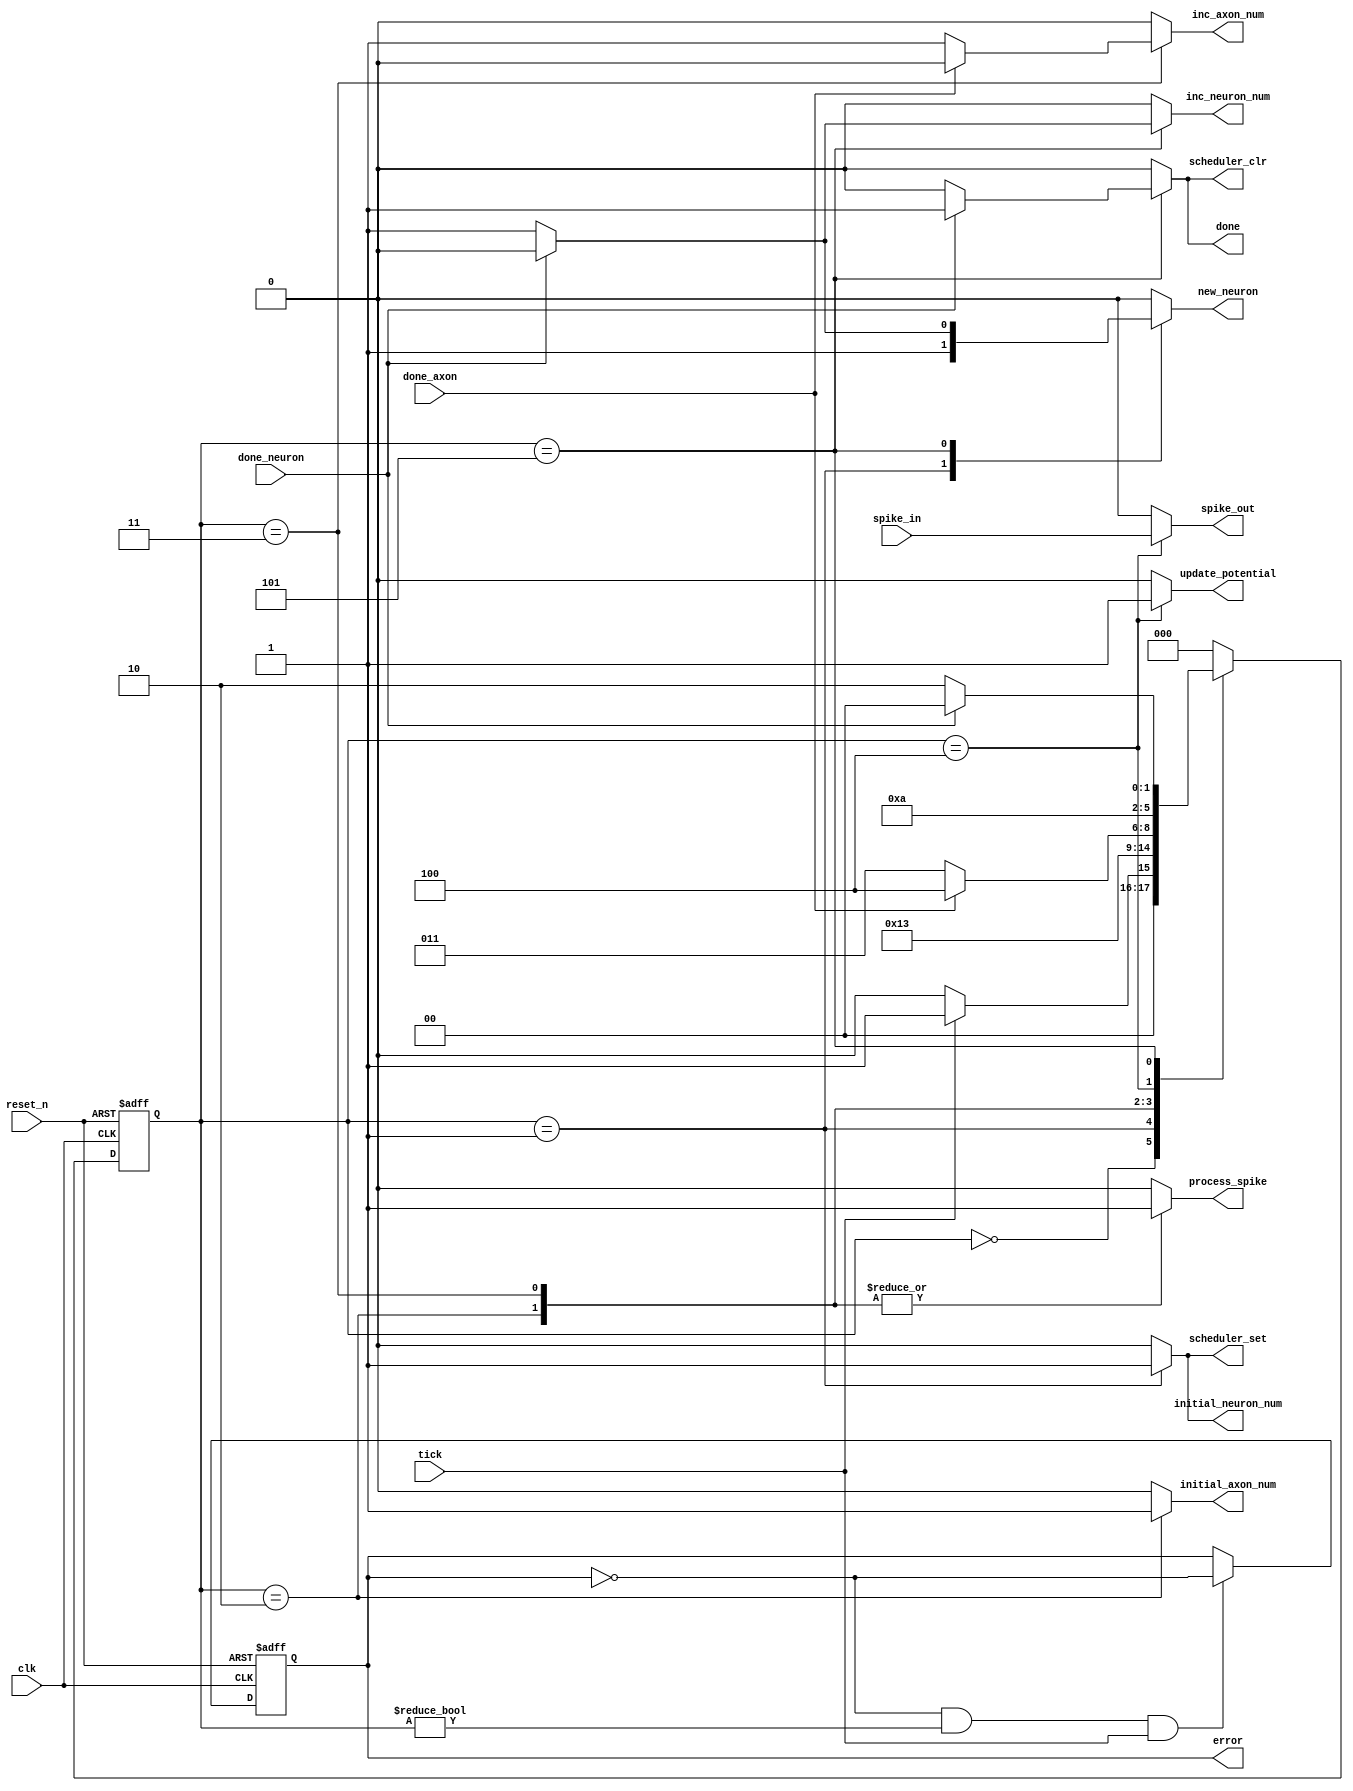
// `timescale 1ns / 1ps
module neuron_grid_controller(
    input tick,
    input done_neuron,
    input done_axon,
    input clk,
    input reset_n,
    input spike_in,
    output reg process_spike,
    output reg scheduler_clr,
    output reg scheduler_set,
    output reg inc_neuron_num,
    output reg initial_neuron_num,
    output reg initial_axon_num,
    output reg inc_axon_num,
    output reg new_neuron,
    output reg update_potential,
    output reg done,
    output reg error,
    output reg spike_out
);


localparam IDLE     = 0;
localparam GET_DATA = 1;
localparam INITIAL  = 2;
localparam SPIKE_IN = 3;
localparam UPDATE   = 4;
localparam END      = 5;

reg [2:0] current_state, next_state;

always @(current_state, tick, done_neuron, spike_in, done_axon) begin
    initial_axon_num = 0;
    initial_neuron_num = 0;
    scheduler_set = 0;
    scheduler_clr = 0;
    new_neuron = 0;
    process_spike = 0;
    inc_axon_num = 0;
    update_potential = 0;
    done = 0;
    inc_neuron_num = 0;
    spike_out = 0;
    //////
    case(current_state)
    IDLE: begin
        next_state = tick ? GET_DATA : IDLE;
    end
    GET_DATA: begin
        initial_neuron_num = 1;
        scheduler_set = 1;
        next_state = INITIAL;
        new_neuron = 1;
    end
    INITIAL: begin
        initial_axon_num = 1;
        // new_neuron = 1;
        process_spike = 1;
        next_state = SPIKE_IN;
    end
    SPIKE_IN: begin
        process_spike = 1;
        if(done_axon) next_state = UPDATE;
        else begin
            inc_axon_num = 1;
            next_state = SPIKE_IN;
        end
    end
    UPDATE: begin
        update_potential = 1;
        spike_out = spike_in;
        next_state = END;
    end
    END: begin
        if(done_neuron) begin
            scheduler_clr = 1;
            done = 1;
            next_state = IDLE;
        end
        else begin
            new_neuron = 1;
            inc_neuron_num = 1;
            next_state = INITIAL;
        end
    end
    default: next_state = IDLE;

    endcase
end

always @(posedge clk, negedge reset_n) begin
    if(~reset_n) begin
        current_state <= IDLE;
        error <= 0;
    end
    else begin
        current_state <= next_state;
        if(~error && current_state != IDLE && tick) error <= ~error;
        else error <= error;
    end
end



endmodule